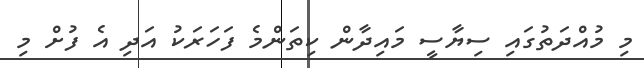
މި މުއްދަތުގައި ސިޔާސީ މައިދާން ކިތަންމެ ފަހަރަކު އަދި އެ ފުށް މި